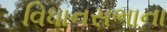
વિધાનસભાના